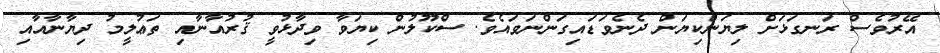
އޭރުވެސް ރަނގަޅަށް ލިޔަންކިޔަން ދެނެވަޑައިގަންނަވައެވެ. ސްކޫލުން ކިޔަވާ ވިދާޅުވީ ޤުރުއާނާއި ތަޢުލީމު ދިޔާނާއާއި